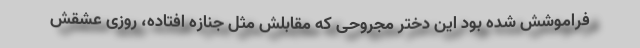
فراموشش شده بود این دختر مجروحی که مقابلش مثل جنازه افتاده، روزی عشقش